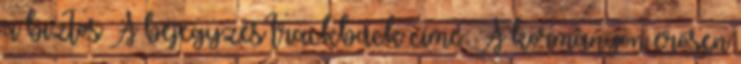
a biztos A bejegyzés trackback címe: A kormányon erősen